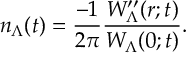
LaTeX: n _ { \Lambda } ( t ) = \frac { - 1 } { 2 \pi } \frac { W _ { \Lambda } ^ { \prime \prime } ( r ; t ) } { W _ { \Lambda } ( 0 ; t ) } .